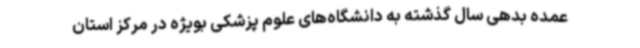
عمده بدهی سال گذشته به دانشگاه‌های علوم پزشکی بویژه در مرکز استان